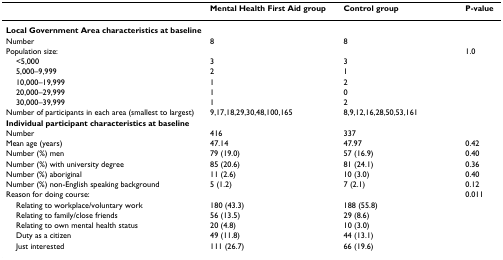
|  | Mental Health First Aid group | Control group | P-value |
 | --- | --- | --- | --- |
 | Local Government Area characteristics at baseline |  |  |  |
 | Number | 8 | 8 |  |
 | Population size: |  |  | 1.0 |
 | <5,000 | 3 | 3 |  |
 | 5,000–9,999 | 2 | 1 |  |
 | 10,000–19,999 | 1 | 2 |  |
 | 20,000–29,999 | 1 | 0 |  |
 | 30,000–39,999 | 1 | 2 |  |
 | Number of participants in each area (smallest to largest) | 9,17,18,29,30,48,100,165 | 8,9,12,16,28,50,53,161 |  |
 | Individual participant characteristics at baseline |  |  |  |
 | Number | 416 | 337 |  |
 | Mean age (years) | 47.14 | 47.97 | 0.42 |
 | Number (%) men | 79 (19.0) | 57 (16.9) | 0.40 |
 | Number (%) with university degree | 85 (20.6) | 81 (24.1) | 0.36 |
 | Number (%) aboriginal | 11 (2.6) | 10 (3.0) | 0.40 |
 | Number (%) non-English speaking background | 5 (1.2) | 7 (2.1) | 0.12 |
 | Reason for doing course: |  |  | 0.011 |
 | Relating to workplace/voluntary work | 180 (43.3) | 188 (55.8) |  |
 | Relating to family/close friends | 56 (13.5) | 29 (8.6) |  |
 | Relating to own mental health status | 20 (4.8) | 10 (3.0) |  |
 | Duty as a citizen | 49 (11.8) | 44 (13.1) |  |
 | Just interested | 111 (26.7) | 66 (19.6) |  |